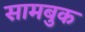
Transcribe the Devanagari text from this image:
सामबुक